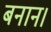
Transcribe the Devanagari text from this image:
बनान।